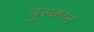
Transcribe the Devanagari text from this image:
बुस्कान